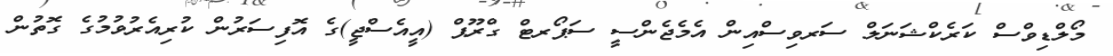
މޯލްޑިވްސް ކަރެކްޝަނަލް ސަރވިސްއިން އެމެޖެންސީ ސަޕޯރޓް ގްރޫޕް (އީއެސްޖީ)ގެ އޮފިސަރުން ކުރިއެރުވުމުގެ ގޮތުން